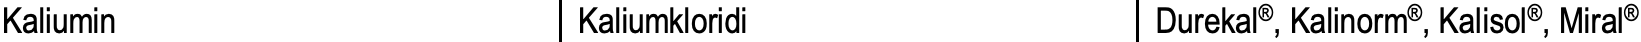
Kaliumin           Kaliumkloridi       Durekal®, Kalinorm®, Kalisol®, Miral®